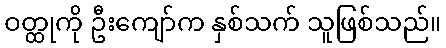
ဝတ္ထုကို ဦးကျော်က နှစ်သက် သူဖြစ်သည်။